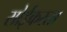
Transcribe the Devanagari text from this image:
सोईकरता